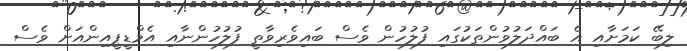
ލިބޭ ކަމަށާއި އެ ބައްދަލުވުންތަކުގައި ފުލުހުން ވެސް ބައިވެރިވާތީ ފުލުހުންނާއި އެމްޑީޕީއިންއަށް ވެސް